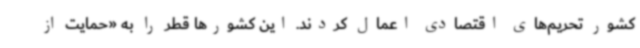
کشور تحریم‌های اقتصادی اعمال کردند. این کشورها قطر را به «حمایت از